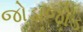
જોડાજોડ